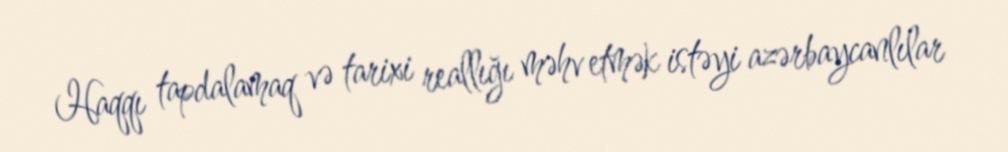
Haqqı tapdalamaq və tarixi reallığı məhv etmək istəyi azərbaycanlılar